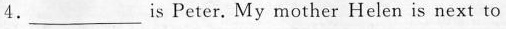
4.___ is Peter.My mother Helen is next to